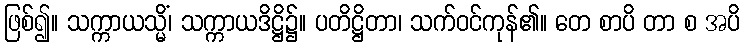
ဖြစ်၍။ သက္ကာယသ္မိံ၊ သက္ကာယဒိဋ္ဌိ၌။ ပတိဋ္ဌိတာ၊ သက်ဝင်ကုန်၏။ တေ စာပိ တာ စ အပိ